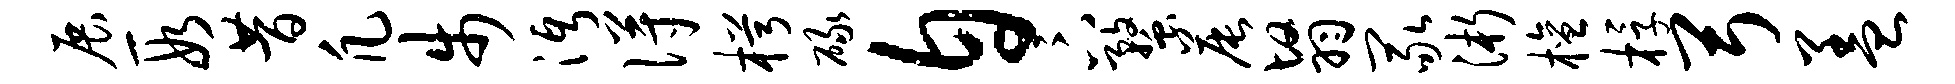
展段昔凡步沔得枵碌自卞蝥晨翳冢浙檀桴弓盖